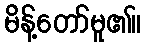
မိန့်တော်မူ၏။